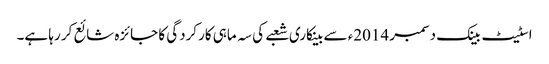
اسٹیٹ بینک دسمبر 2014ء سے بینکاری شعبے کی سہ ماہی کارکردگی کا جائزہ شائع کر رہا ہے۔